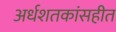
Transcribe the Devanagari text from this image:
अर्धशतकांसहीत